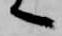
へ